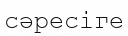
сәресіге